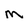
Character: m